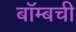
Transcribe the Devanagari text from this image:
बॉम्बची